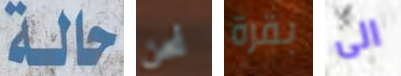
حالة نحن بقرة الى